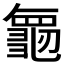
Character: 𮯝